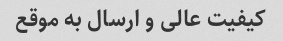
کیفیت عالی و ارسال به موقع